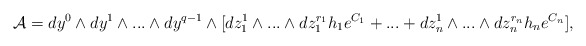
\begin{align*}{\cal A} =dy^{0}\wedge dy^{1}\wedge ...\wedge dy^{q-1}\wedge[dz^{1}_{1}\wedge...\wedge dz^{r_{1}}_{1}h_{1}e^{C_{1}}+...+dz^{1}_{n}\wedge...\wedge dz^{r_{n}}_{n}h_{n}e^{C_{n}}], \end{align*}